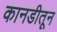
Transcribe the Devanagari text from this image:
कानडीतून